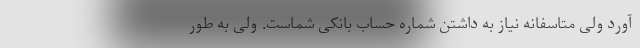
آورد ولی متاسفانه نیاز به داشتن شماره حساب بانکی شماست. ولی به طور